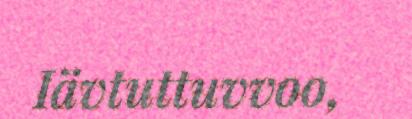
Iävtuttuvvoo,